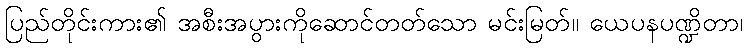
ပြည်တိုင်းကား၏ အစီးအပွားကိုဆောင်တတ်သော မင်းမြတ်။ ယေပနပဏ္ဍိတာ၊